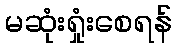
မဆုံးရှုံးစေရန်